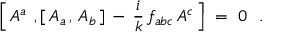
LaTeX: \Bigl [ \, A ^ { a } \; \, , [ \, A _ { a } \, , \, A _ { b } \, ] \, - \, \frac { i } { k } \, f _ { a b c } \, A ^ { c } \, \Bigr ] \ = \ 0 \ \ .